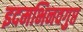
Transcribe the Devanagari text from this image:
इदमभिनवगुप्त